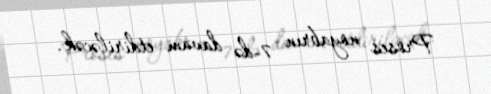
Proses noyabrın 7-də davam etdiriləcək.